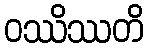
ဝဿိဿတိ